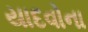
યાદવોના